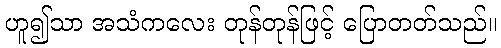
ဟူ၍သာ အသံကလေး တုန်တုန်ဖြင့် ပြောတတ်သည်။